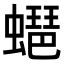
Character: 𧑡